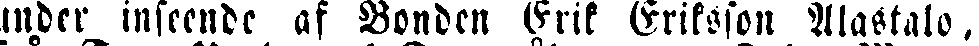
under inseende af Bonden Erik Eriksson Alastalo.